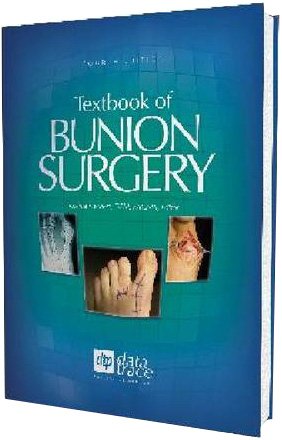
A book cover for Textbook of Bunion Surgery; Joshua, Ed. Gerbert; Medical Books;